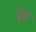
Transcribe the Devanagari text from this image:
दूव्ह